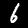
Digit: 6